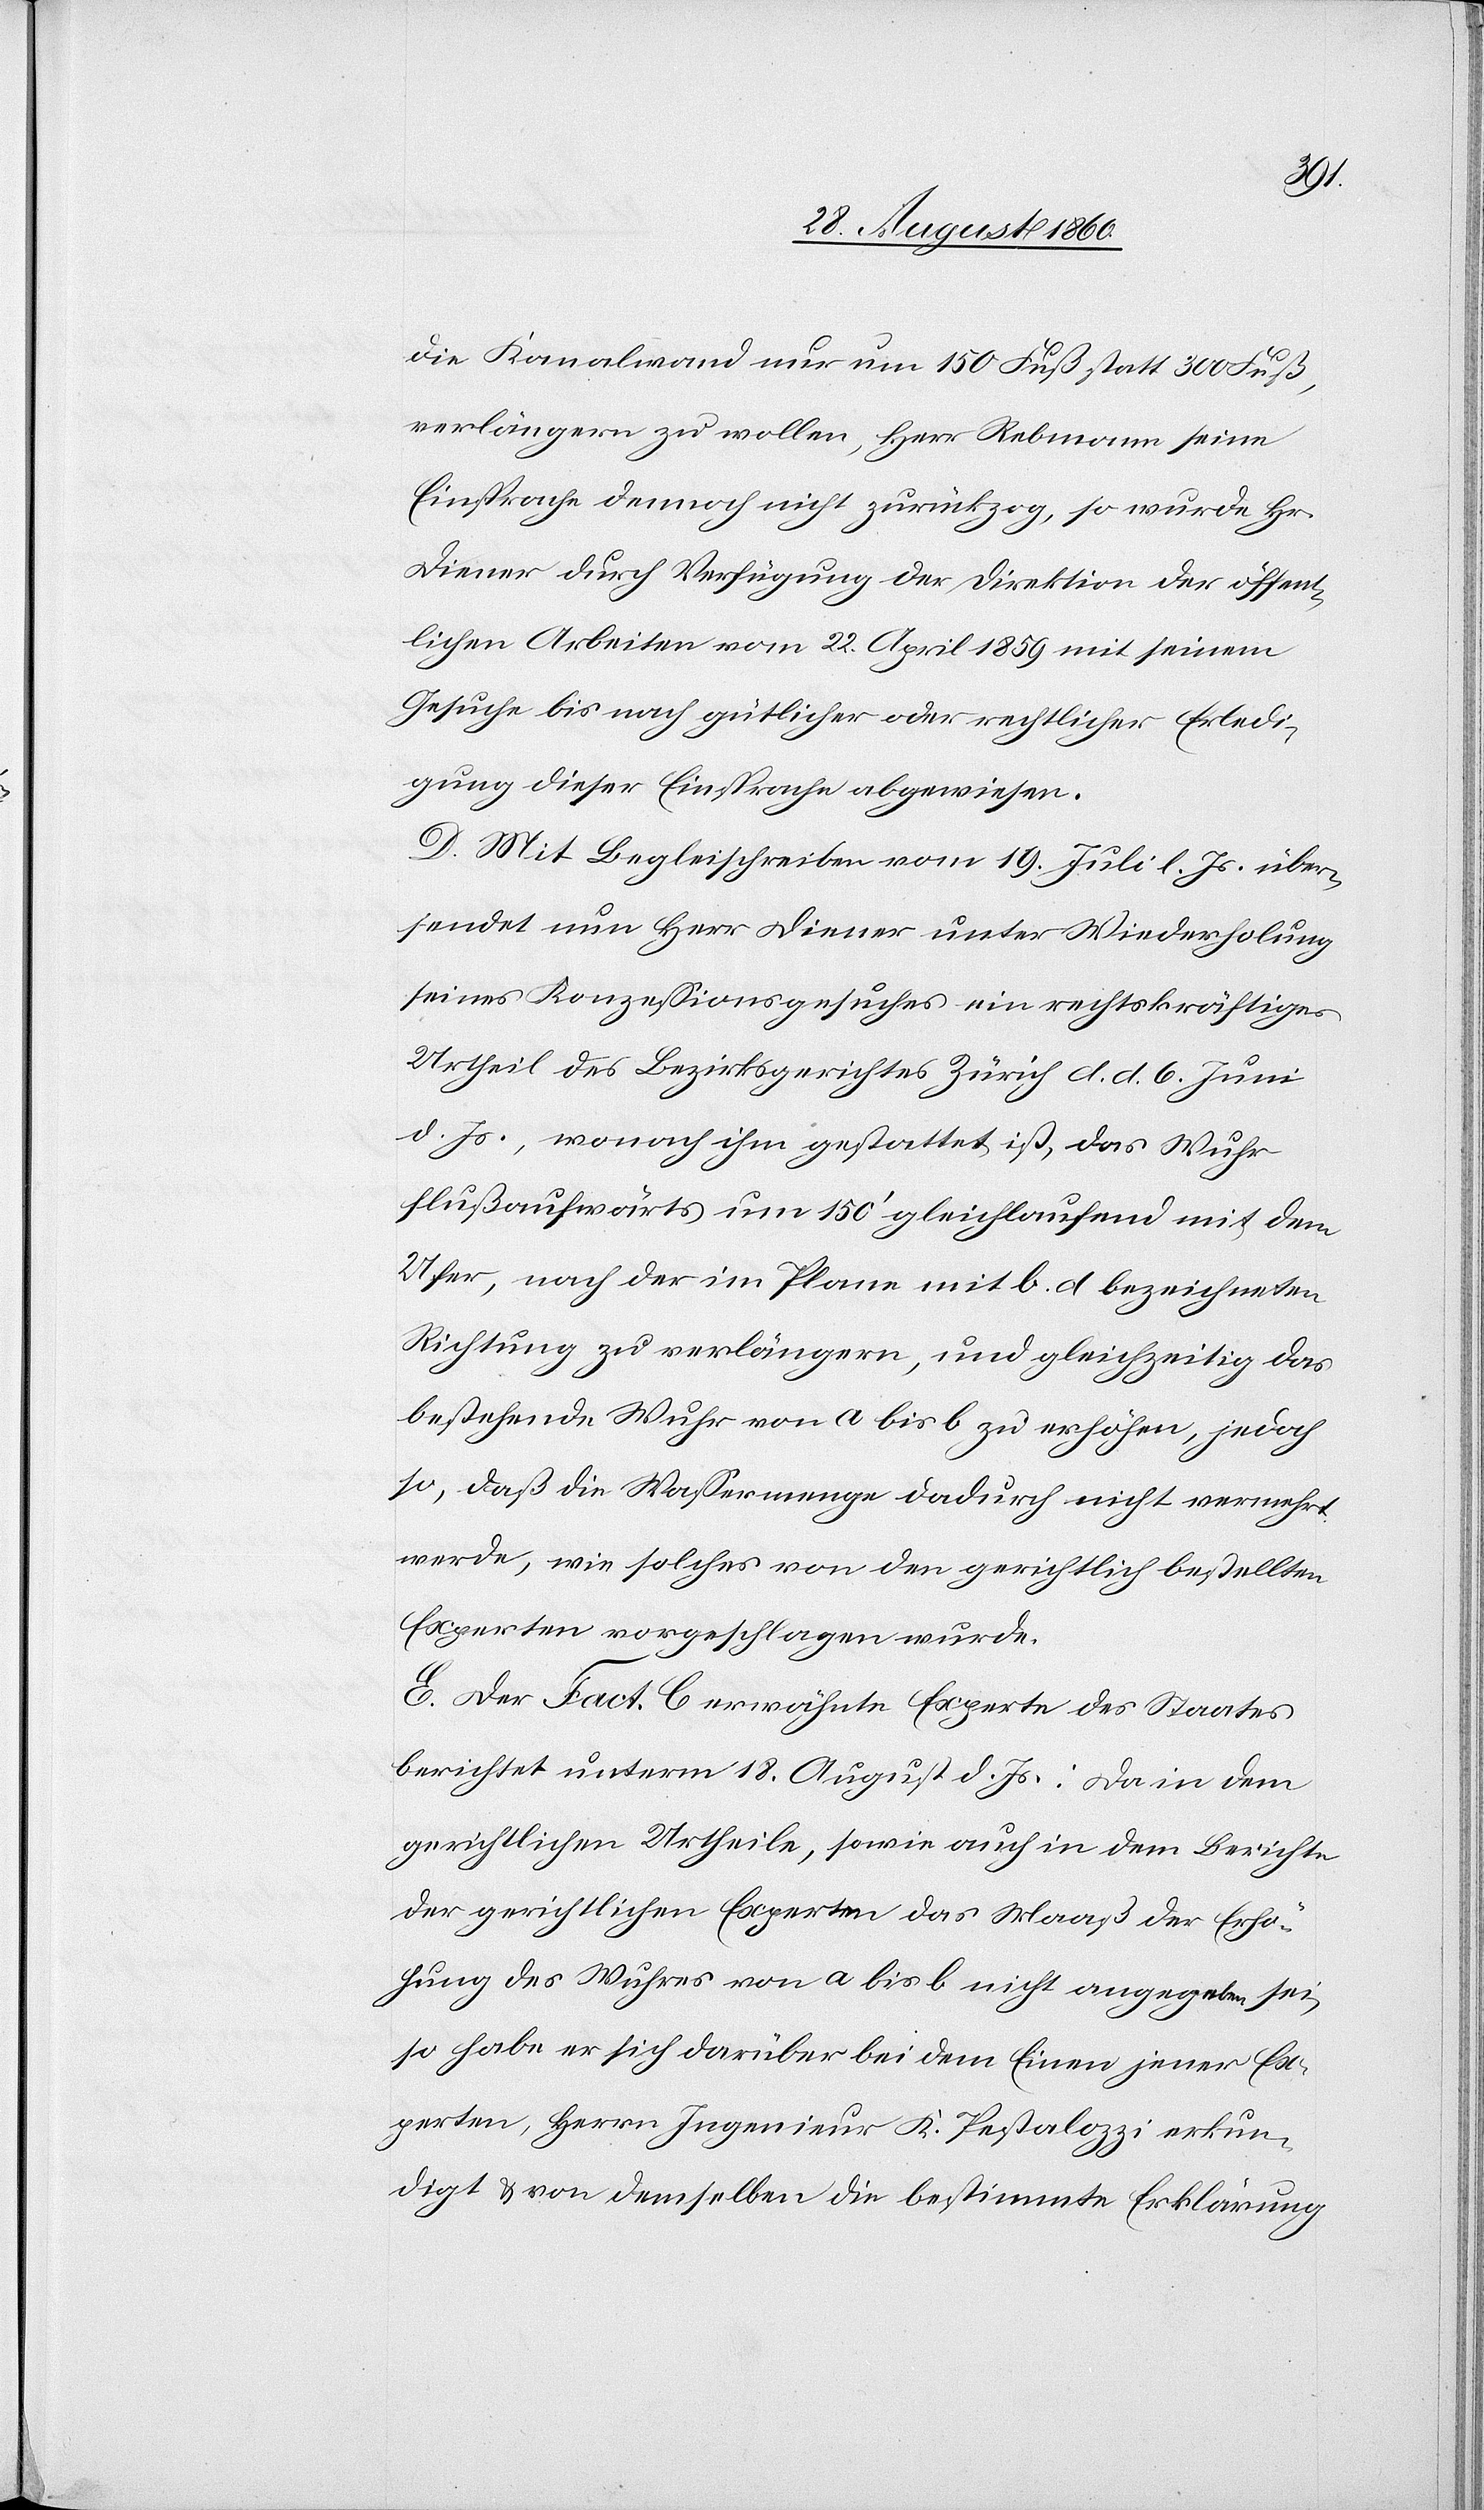
die Kanalwand nur um 150 Fuss, statt 300 Fuss,
verlängern zu wollen, Hr. Rebmann seine
Einsprache demnach nicht zurückzog, so wurde Hr.
Diener durch Verfügung der Direktion der öffent¬
lichen Arbeiten vom 22. April 1859 mit seinem
Gesuche bis nach gütlicher oder rechtlicher Erledi¬
gung dieser Einsprache abgewiesen.
D. Mit Begleitschreiben vom 19. Heumonat d. Js. über¬
sendet nun Hr. Diener unter Wiederholung
seines Konzessionsgesuches ein rechtskräftiges
Urtheil des Bezirksgerichtes Zürich, d. d. 6. Brachmonat
d. Js., wonach ihm gestattet ist, das Wuhr
flussaufwärts um 150’ gleichlaufend mit dem
Ufer, nach der im Plane mit b. d. bezeichneten
Richtung zu verlängern, und gleichzeitig das
bestehende Wuhr von a bis b zu erhöhen, jedoch
so, dass die Wassermenge dadurch nicht vermehrt
werde, wie solches von den gerichtlich bestellten
Experten vorgeschlagen wurde.
E. Der [in] Fact. C. erwähnte Experte des Staates
berichtet unterm 18. August d. Js: da in dem
gerichtlichen Urtheile, sowie auch in dem Berichte
der gerichtlichen Experten das Maass der Erhö¬
hung des Wuhres von a bis b nicht angegeben sei,
so habe er sich darüber bei dem Einen jener Ex¬
perten, Hrn. Ingenieur K. Pestalozzi erkun¬
digt u. von demselben die bestimmte Erklärung